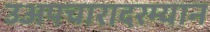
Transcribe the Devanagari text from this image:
उअपचारादरम्यान